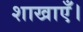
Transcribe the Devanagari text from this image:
शाखाएँ।